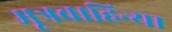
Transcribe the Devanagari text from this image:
मूत्रवाहिन्या